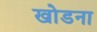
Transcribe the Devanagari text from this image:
खोडना